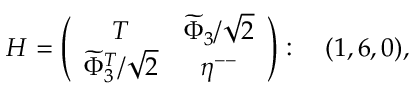
H = \left( \begin{array} { c c c } { { T } } & { { \widetilde { \Phi } _ { 3 } / \sqrt { 2 } } } \\ { { \widetilde { \Phi } _ { 3 } ^ { T } / \sqrt { 2 } } } & { { \eta ^ { -- } } } \end{array} \right) : \ \ \ ( 1 , 6 , 0 ) ,